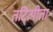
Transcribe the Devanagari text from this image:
तटित्पीता